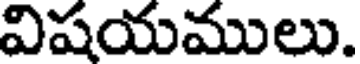
విషయములు.